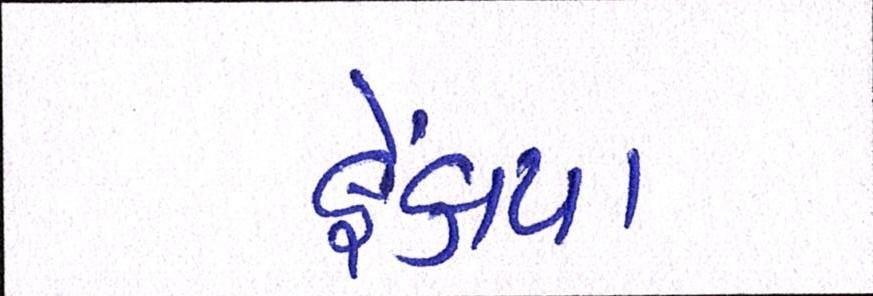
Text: ફેંકાયા